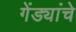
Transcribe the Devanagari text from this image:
गेंड्यांचे